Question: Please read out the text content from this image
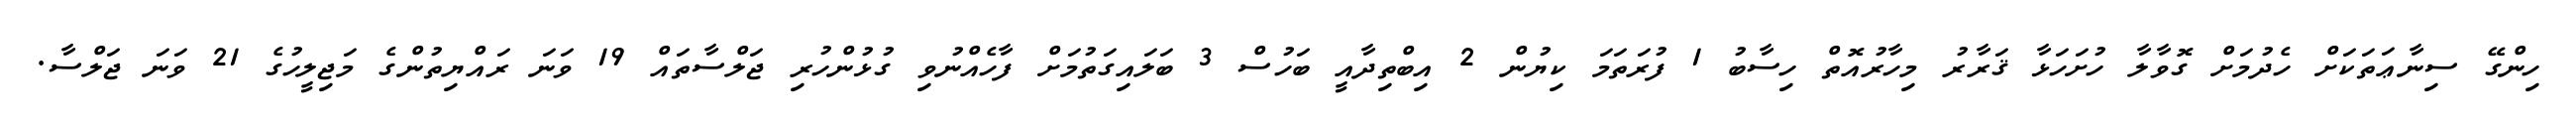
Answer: ހިންގޭ ސިނާޢަތަކަށް ހެދުމަށް ގޮވާލާ ހުށަހަޅާ ޤަރާރު މިހާރުއޮތް ހިސާބު 1 ފުރަތަމަ ކިޔުން 2 އިބްތިދާއީ ބަހުސް 3 ބަލައިގަތުމަށް ފާހެއްނުވި ގުޅުންހުރި ޖަލްސާތައް 19 ވަނަ ރައްޔިތުންގެ މަޖިލީހުގެ 21 ވަނަ ޖަލްސާ.